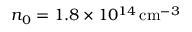
n _ { 0 } = 1 . 8 \times 1 0 ^ { 1 4 } \, \mathrm { c m } ^ { - 3 }